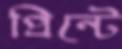
প্রিন্টে